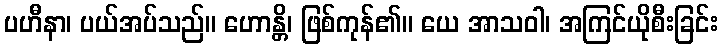
ပဟီနာ၊ ပယ်အပ်သည်။ ဟောန္တိ၊ ဖြစ်ကုန်၏။ ယေ အာသဝါ၊ အကြင်ယိုစီးခြင်း